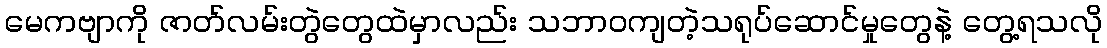
မေကဗျာကို ဇာတ်လမ်းတွဲတွေထဲမှာလည်း သဘာဝကျတဲ့သရုပ်ဆောင်မှုတွေနဲ့ တွေ့ရသလို